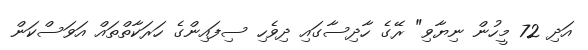
އަދި 72 މީހުން ނިޔާވި" ރޭގެ ހާދިސާގައި ދިވެހި ސިފައިންގެ ހަރަކާތްތައް އަވަސްކަން